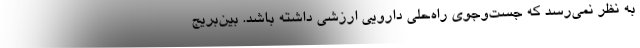
به نظر نمی‌رسد که جست‌وجوی راه‌حلی دارویی ارزشی داشته باشد. بین‌بریج